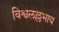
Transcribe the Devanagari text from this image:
विश्वलल्लभाय